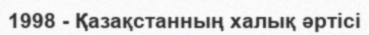
1998 - Қазақстанның халық әртісі